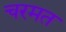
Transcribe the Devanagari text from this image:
चरमत